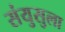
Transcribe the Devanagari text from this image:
संयुसुला